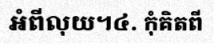
អំពីលុយ។៤. កុំគិតពី